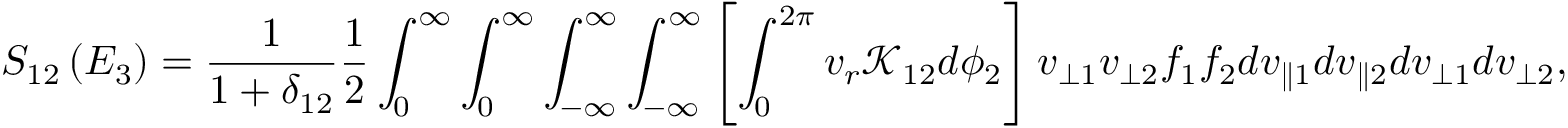
S _ { 1 2 } \left( E _ { 3 } \right) = \frac { 1 } { 1 + \delta _ { 1 2 } } \frac { 1 } { 2 } \int _ { 0 } ^ { \infty } \int _ { 0 } ^ { \infty } \int _ { - \infty } ^ { \infty } \int _ { - \infty } ^ { \infty } \left[ \int _ { 0 } ^ { 2 \pi } v _ { r } \mathcal { K } _ { 1 2 } d \phi _ { 2 } \right] v _ { \perp 1 } v _ { \perp 2 } f _ { 1 } f _ { 2 } d v _ { \parallel 1 } d v _ { \parallel 2 } d v _ { \perp 1 } d v _ { \perp 2 } ,